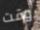
وقت